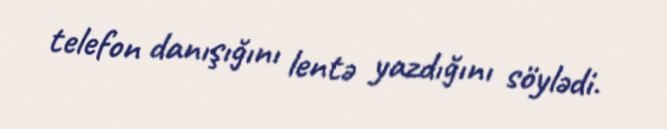
telefon danışığını lentə yazdığını söylədi.